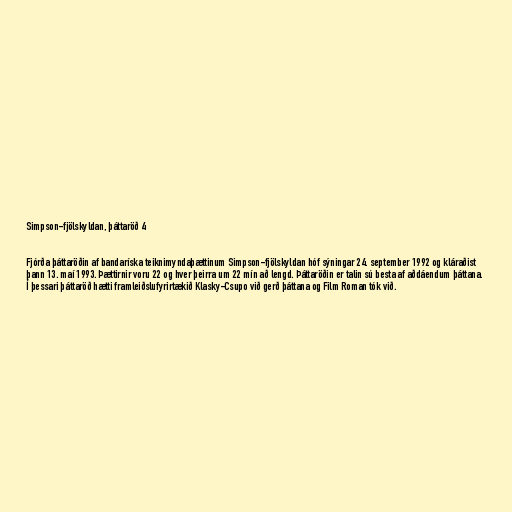
Simpson-fjölskyldan, þáttaröð 4

Fjórða þáttaröðin af bandaríska teiknimyndaþættinum Simpson-fjölskyldan hóf sýningar 24. september 1992 og kláraðist
þann 13. maí 1993. Þættirnir voru 22 og hver þeirra um 22 mín að lengd. Þáttaröðin er talin sú besta af aðdáendum þáttana.
Í þessari þáttaröð hætti framleiðslufyrirtækið Klasky-Csupo við gerð þáttana og Film Roman tók við.